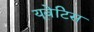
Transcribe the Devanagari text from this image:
यूवेटिस